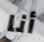
أنا